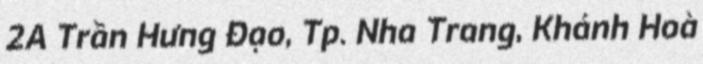
2A Trần Hưng Đạo, Tp. Nha Trang, Khánh Hoà